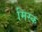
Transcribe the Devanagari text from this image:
मिस्क